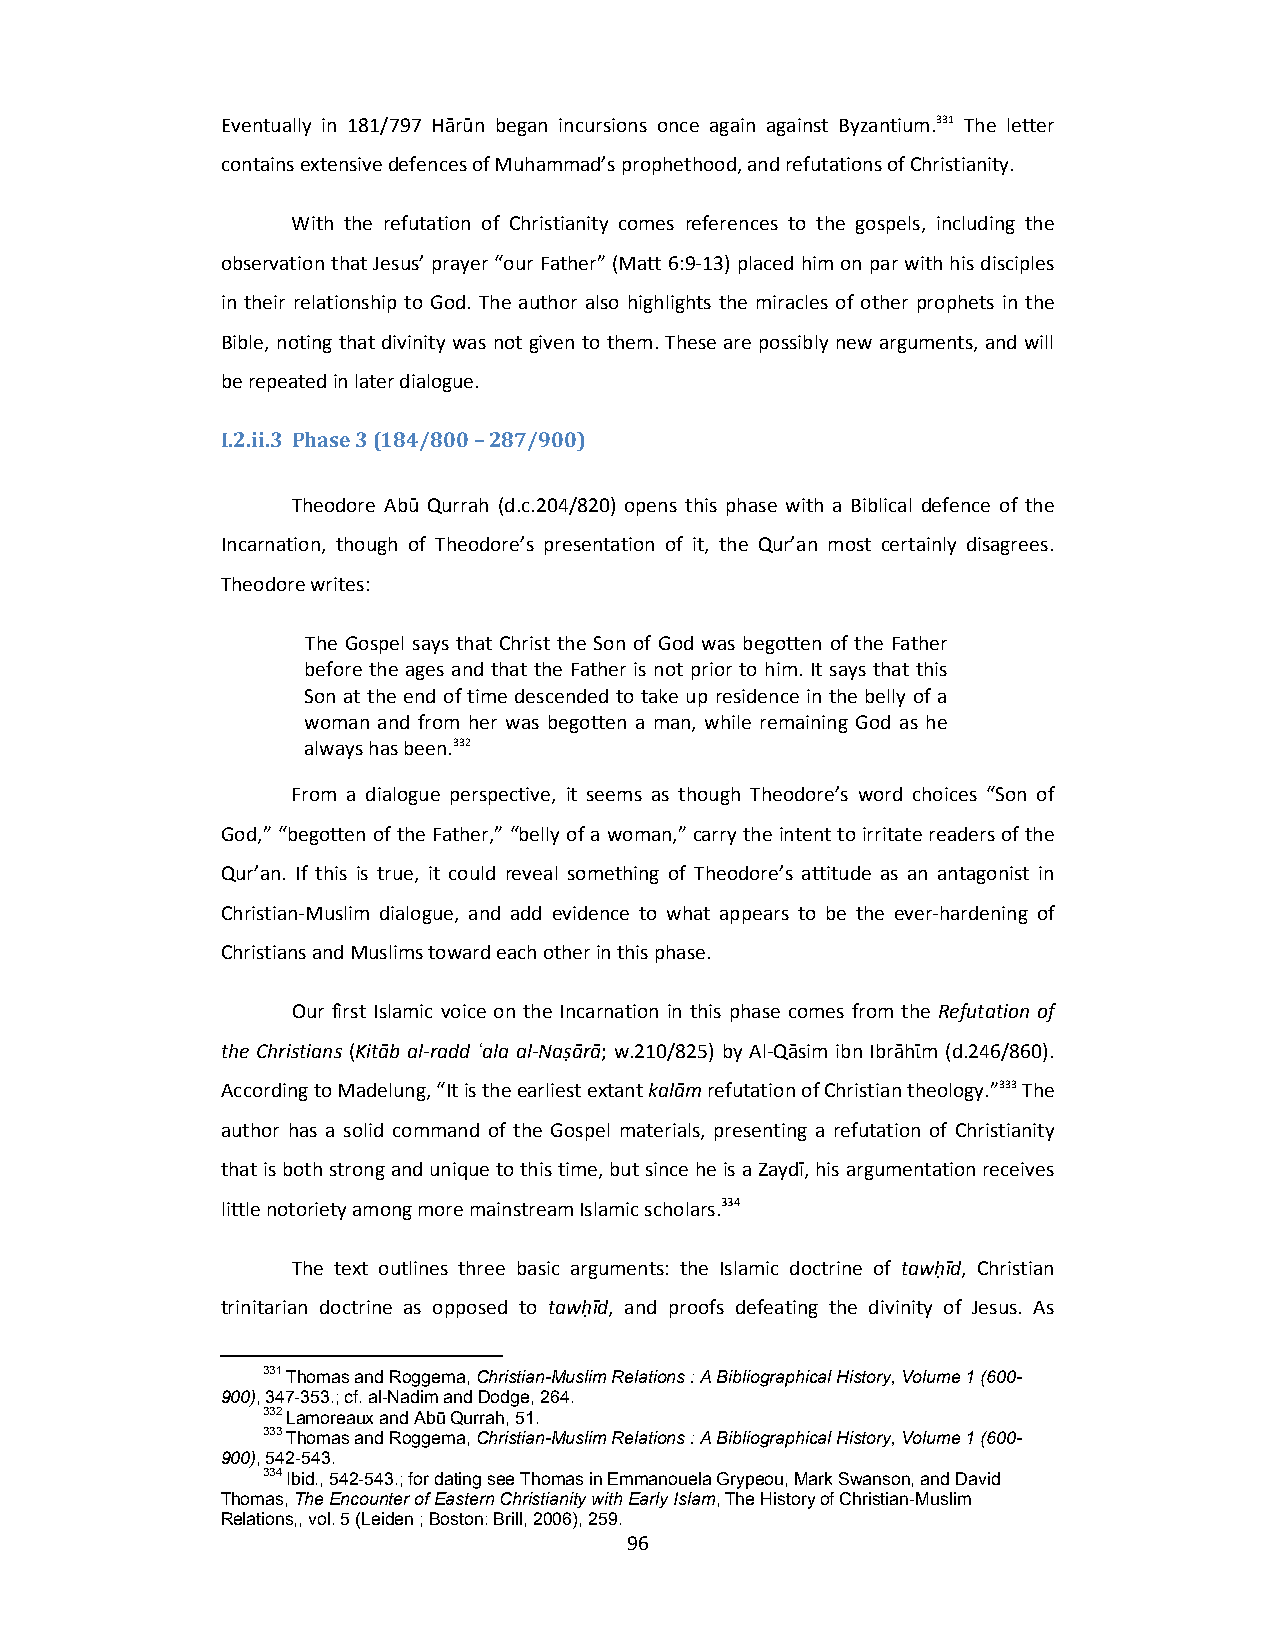
Eventually in 181/797 Hārūn began incursions once again against Byzantium.331 The letter
 contains extensive defences of Muhammad’s prophethood, and refutations of Christianity.
 With the refutation of Christianity comes references to the gospels, including the
 observation that Jesus’ prayer “our Father” (Matt 6:9‐13) placed him on par with his disciples
 in their relationship to God. The author also highlights the miracles of other prophets in the
 Bible, noting that divinity was not given to them. These are possibly new arguments, and will
 be repeated in later dialogue.
 I.2.ii.3 Phase 3 (184/800 – 287/900)
 Theodore Abū Qurrah (d.c.204/820) opens this phase with a Biblical defence of the
 Incarnation, though of Theodore’s presentation of it, the Qur’an most certainly disagrees.
 Theodore writes:
 The Gospel says that Christ the Son of God was begotten of the Father
 before the ages and that the Father is not prior to him. It says that this
 Son at the end of time descended to take up residence in the belly of a
 woman and from her was begotten a man, while remaining God as he
 always has been.332
 From a dialogue perspective, it seems as though Theodore’s word choices “Son of
 God,” “begotten of the Father,” “belly of a woman,” carry the intent to irritate readers of the
 Qur’an. If this is true, it could reveal something of Theodore’s attitude as an antagonist in
 Christian‐Muslim dialogue, and add evidence to what appears to be the ever‐hardening of
 Christians and Muslims toward each other in this phase.
 Our first Islamic voice on the Incarnation in this phase comes from the Refutation of
 the Christians (Kitāb al‐radd ʿala al‐Naṣārā; w.210/825) by Al‐Qāsim ibn Ibrāhῑm (d.246/860).
 According to Madelung, “It is the earliest extant kalām refutation of Christian theology.”333 The
 author has a solid command of the Gospel materials, presenting a refutation of Christianity
 that is both strong and unique to this time, but since he is a Zaydī, his argumentation receives
 little notoriety among more mainstream Islamic scholars.334
 The text outlines three basic arguments: the Islamic doctrine of tawḥīd, Christian
 trinitarian doctrine as opposed to tawḥīd, and proofs defeating the divinity of Jesus. As
 331 Thomas and Roggema, Christian-Muslim Relations : A Bibliographical History, Volume 1 (600-
 900), 347-353.; cf. al-Nadim and Dodge, 264.
 332 Lamoreaux and Abū Qurrah, 51.
 333 Thomas and Roggema, Christian-Muslim Relations : A Bibliographical History, Volume 1 (600-
 900), 542-543.
 334 Ibid., 542-543.; for dating see Thomas in Emmanouela Grypeou, Mark Swanson, and David
 Thomas, The Encounter of Eastern Christianity with Early Islam, The History of Christian-Muslim
 Relations,, vol. 5 (Leiden ; Boston: Brill, 2006), 259.
 96